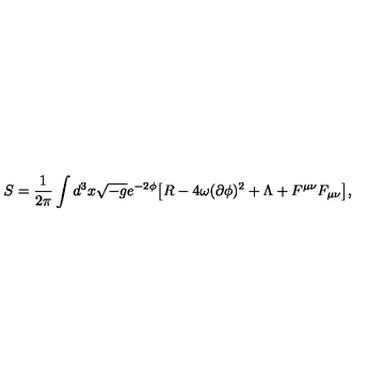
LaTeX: S = \frac { 1 } { 2 \pi } \int d ^ { 3 } x \sqrt { - g } e ^ { - 2 \phi } { \bigl [ } R - 4 \omega ( \partial \phi ) ^ { 2 } + \Lambda + F ^ { \mu \nu } F _ { \mu \nu } { \bigr ] } ,